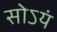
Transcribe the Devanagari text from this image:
सोऽयं